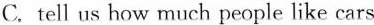
C.tell us how much people like cars